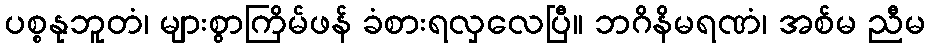
ပစ္စနုဘူတံ၊ များစွာကြိမ်ဖန် ခံစားရလှလေပြီ။ ဘဂိနိမရဏံ၊ အစ်မ ညီမ